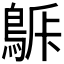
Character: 𪁯